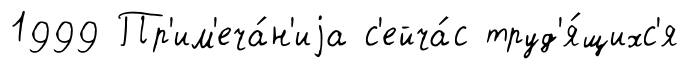
1999 Пр'им'еча́н'иjа с'ейча́с труд'я́щихс'я